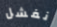
نفشل